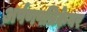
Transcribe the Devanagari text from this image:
अर्पणपत्रिकेवर